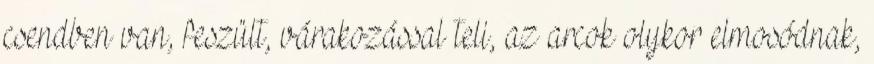
csendben van, feszült, várakozással teli, az arcok olykor elmosódnak,